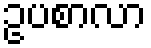
ဥပစာလာ